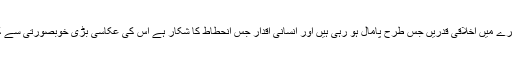
آج کے معاشرے میں اخلاقی قدریں جس طرح پامال ہو رہی ہیں اور انسانی اقدار جس انحطاط کا شکار ہے اس کی عکاسی بڑی خوبصورتی سے کی گئی ہے ۔